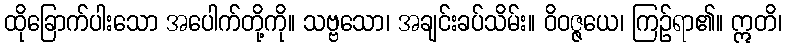
ထိုခြောက်ပါးသော အပေါက်တို့ကို။ သဗ္ဗသော၊ အချင်းခပ်သိမ်း။ ဝိဝဇ္ဇယေ၊ ကြဉ်ရာ၏။ ဣတိ၊